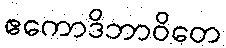
ဧကောဒိဘာဝိတေ